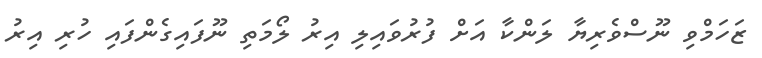
ޒަހަމްވި ނޫސްވެރިޔާ ލަންކާ އަށް ފުރުވައިލި އިރު ލޯމަތި ނޫފައިގެންފައި ހުރި އިރު